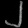
Digit: ၂